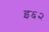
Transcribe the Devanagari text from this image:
इ६२